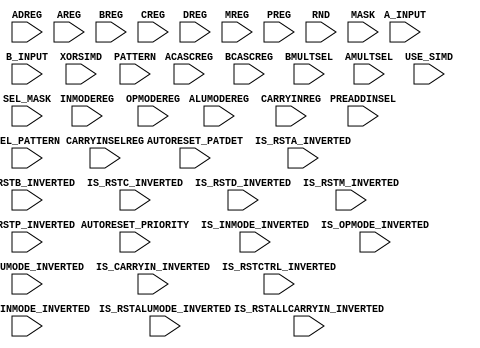
// in order of bit stream
/*****************************************************************
*	Configuration bits order (205 = 7+7+2+4+48+4+18+7+1+2+100+1+4):
* *** A (7)
*			A_INPUT <= configuration_input;
*			AMULTSEL <= A_INPUT;
*			AREG[0] <= AMULTSEL;
*			AREG[1] <= AREG[0];
*			ACASCREG[0] <= AREG[1];
*			ACASCREG[1] <= ACASCREG[0];
*			IS_RSTA_INVERTED <= ACASCREG[1];
* *** B (7)
*			B_INPUT <= IS_RSTA_INVERTED;
*			BMULTSEL <= B_INPUT;
*			BREG[0] <= BMULTSEL;
*			BREG[1] <= BREG[0];
*			BCASCREG[0] <= BREG[1];
*			BCASCREG[1] <= BCASCREG[0];
*			IS_RSTB_INVERTED <= BCASCREG[1];
* *** C (2)
*			IS_RSTC_INVERTED <= IS_RSTB_INVERTED;
*			CREG <= IS_RSTC_INVERTED;
* *** D  (4)
*			PREADDINSEL <= CREG;
*			ADREG <= PREADDINSEL;
*			DREG <= ADREG;
*			IS_RSTD_INVERTED <= DREG;
* *** XYZW (48)
*			RND <= {{RND[46:0]},{IS_RSTD_INVERTED}};
* *** carry_in_manager (4)
*			CARRYINREG <=  RND[47];
*			MREG <= CARRYINREG;
*			IS_CARRYIN_INVERTED <= MREG;
*			IS_RSTALLCARRYIN_INVERTED <= IS_CARRYIN_INVERTED;
* *** operation_manager (18)
*			OPMODEREG <= IS_RSTALLCARRYIN_INVERTED;
*			ALUMODEREG <= OPMODEREG;
*			CARRYINSELREG <= ALUMODEREG;
*			IS_ALUMODE_INVERTED <= {{IS_ALUMODE_INVERTED[2:0]},{CARRYINSELREG}};
*			IS_OPMODE_INVERTED <= {{IS_OPMODE_INVERTED[7:0]},{IS_ALUMODE_INVERTED[3]}};
*			IS_RSTALUMODE_INVERTED <= IS_OPMODE_INVERTED[8];
*			IS_RSTCTRL_INVERTED <= IS_RSTALUMODE_INVERTED;
* *** inmode_manager (7)
*			INMODEREG <= IS_RSTCTRL_INVERTED;
*			IS_INMODE_INVERTED <= {{IS_INMODE_INVERTED[3:0]},{INMODEREG}};
*			IS_RSTINMODE_INVERTED <= IS_INMODE_INVERTED[4];
* *** multiplier_output_manager (1)
*			IS_RSTM_INVERTED <= IS_RSTINMODE_INVERTED;
* *** ALU (2)
*			USE_SIMD[0] <= IS_RSTM_INVERTED;
*			USE_SIMD[1] <= USE_SIMD[0];
* *** pattern_detection (100)
*			PATTERN <= {{PATTERN[46:0]},{USE_SIMD[1]}};
*			SEL_PATTERN <= PATTERN[47];
*			SEL_MASK <= {{SEL_MASK[0]},{SEL_PATTERN}};
*			PREG <= SEL_MASK[1];
*			MASK <= {{MASK[46:0]},{PREG}};
* *** wide_xor_block (1)
*			XORSIMD <= MASK[47];
* *** output_manager (4)
*			AUTORESET_PATDET[0] <= XORSIMD;
*			AUTORESET_PATDET[1] <= AUTORESET_PATDET[0];
*			AUTORESET_PRIORITY <= AUTORESET_PATDET[1];
*			IS_RSTP_INVERTED <= AUTORESET_PRIORITY;
*			configuration_output = IS_RSTP_INVERTED
*****************************************************************/

`timescale 1 ns / 100 ps   

// without any order (just like datasheet categories)
module Configuration_bits_list (
		//////////////////// Attributes ////////////////////
		//////////////////// Register Control Attributes
		input [1:0] ACASCREG,										//default 1
		input ADREG,														//default 1
		input ALUMODEREG,											//default 1
		input [1:0] AREG,													//default 1
		input [1:0] BCASCREG,										//default 1
		input [1:0] BREG,													//default 1
		input CARRYINREG,											//default 1
		input CARRYINSELREG,										//default 1
		input CREG,                   										//default 1
		input DREG,                  											//default 1
		input INMODEREG,												//default 1
		input MREG,                  											//default 1
		input OPMODEREG,      										//default 1
		input PREG,                   										//default 1
		//////////////////// Feature Control Attributes
		input A_INPUT,														//default 0
		input B_INPUT,														//default 0
		input PREADDINSEL, 											// 0 = A (def), 1 = B 
		input BMULTSEL,													//default 0
		input AMULTSEL,													//default 0
		//input [1:0] USE_MULT,										//default 1				// Power saving attribute (is not supported in our implementation)					
		input [47:0] RND,													//default 48'b0
		input [1:0] USE_SIMD,											//default 0
		//input USE_WIDEXOR										//default (def 0) 		// Power saving attribute (is not supported in our implementation)	
		input XORSIMD,													//default 1
		//////////////////// Pattern Detector Attributes
		input [1:0] AUTORESET_PATDET,					//NO_RESET, RESET_MATCH, RESET_NOT_MATCH (NO_RESET)	
		input AUTORESET_PRIORITY,							//RESET, CEP (RESET), 0/1
		input [47:0] MASK,													//default (0011...11)
		input [47:0] PATTERN,											//default (0000...00)
		input [1:0] SEL_MASK,											//default 0
		input SEL_PATTERN,											//default 0
		//input USE_PATTERN_DETECT 						//default 0				 speed specification and Simulation Model purposes only (is not supported in our implementation)	
		//////////////////// Optional Inversion Attributes
		input [3:0] IS_ALUMODE_INVERTED,				//default 4'b0
		input IS_CARRYIN_INVERTED,             			//default 0
		//input IS_CLK_INVERTED,                      			//default 0				is not supported in our implementation
		input [4:0] IS_INMODE_INVERTED,      				//default 5'b0
		input [8:0] IS_OPMODE_INVERTED,     			//default 9'b0
		input IS_RSTA_INVERTED,                   				//default 0
		input IS_RSTALLCARRYIN_INVERTED, 			//default 0
		
		input IS_RSTALUMODE_INVERTED,				//default 0
		input IS_RSTB_INVERTED,                               	//default 0
		input IS_RSTC_INVERTED,								//default 0
		input IS_RSTCTRL_INVERTED,                       	//default 0
		input IS_RSTD_INVERTED,								//default 0
		input IS_RSTINMODE_INVERTED,                  	//default 0
		input IS_RSTM_INVERTED,                              	//default 0
		input IS_RSTP_INVERTED                                	//default 0
);


endmodule